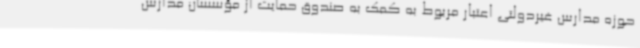
حوزه مدارس غیردولتی اعتبار مربوط به کمک به صندوق حمایت از مؤسسان مدارس